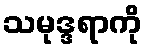
သမုဒ္ဒရာကို